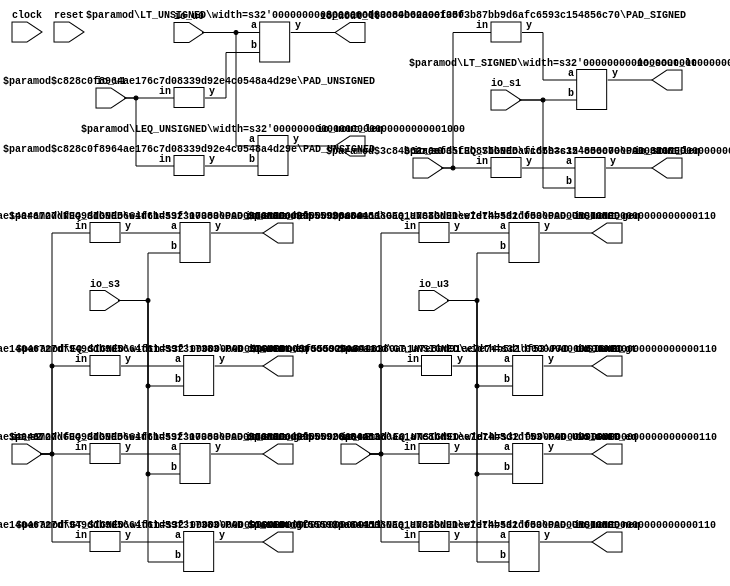
module Compare(
    input clock,
    input reset,
    input [7:0] io_u0,
    input [5:0] io_u1,
    input [3:0] io_s0,
    input [7:0] io_s1,
    output io_uout_lt,
    output io_sout_lt,
    output io_uout_leq,
    output io_sout_leq,
    input [4:0] io_u2,
    input [5:0] io_u3,
    input [5:0] io_s2,
    input [6:0] io_s3,
    output io_uout_gt,
    output io_sout_gt,
    output io_uout_geq,
    output io_sout_geq,
    output io_uout_eq,
    output io_sout_eq,
    output io_uout_neq,
    output io_sout_neq
);
    wire _T_45;
    wire [7:0] _WTEMP_0;
    PAD_UNSIGNED #(.width(6), .n(8)) u_pad_1 (
        .y(_WTEMP_0),
        .in(io_u1)
    );
    LT_UNSIGNED #(.width(8)) u_lt_2 (
        .y(_T_45),
        .a(io_u0),
        .b(_WTEMP_0)
    );
    wire _T_46;
    wire [7:0] _WTEMP_1;
    PAD_SIGNED #(.width(4), .n(8)) s_pad_3 (
        .y(_WTEMP_1),
        .in(io_s0)
    );
    LT_SIGNED #(.width(8)) s_lt_4 (
        .y(_T_46),
        .a(_WTEMP_1),
        .b(io_s1)
    );
    wire _T_47;
    wire [7:0] _WTEMP_2;
    PAD_UNSIGNED #(.width(6), .n(8)) u_pad_5 (
        .y(_WTEMP_2),
        .in(io_u1)
    );
    LEQ_UNSIGNED #(.width(8)) u_leq_6 (
        .y(_T_47),
        .a(io_u0),
        .b(_WTEMP_2)
    );
    wire _T_48;
    wire [7:0] _WTEMP_3;
    PAD_SIGNED #(.width(4), .n(8)) s_pad_7 (
        .y(_WTEMP_3),
        .in(io_s0)
    );
    LEQ_SIGNED #(.width(8)) s_leq_8 (
        .y(_T_48),
        .a(_WTEMP_3),
        .b(io_s1)
    );
    wire _T_49;
    wire [5:0] _WTEMP_4;
    PAD_UNSIGNED #(.width(5), .n(6)) u_pad_9 (
        .y(_WTEMP_4),
        .in(io_u2)
    );
    GT_UNSIGNED #(.width(6)) u_gt_10 (
        .y(_T_49),
        .a(_WTEMP_4),
        .b(io_u3)
    );
    wire _T_50;
    wire [6:0] _WTEMP_5;
    PAD_SIGNED #(.width(6), .n(7)) s_pad_11 (
        .y(_WTEMP_5),
        .in(io_s2)
    );
    GT_SIGNED #(.width(7)) s_gt_12 (
        .y(_T_50),
        .a(_WTEMP_5),
        .b(io_s3)
    );
    wire _T_51;
    wire [5:0] _WTEMP_6;
    PAD_UNSIGNED #(.width(5), .n(6)) u_pad_13 (
        .y(_WTEMP_6),
        .in(io_u2)
    );
    GEQ_UNSIGNED #(.width(6)) u_geq_14 (
        .y(_T_51),
        .a(_WTEMP_6),
        .b(io_u3)
    );
    wire _T_52;
    wire [6:0] _WTEMP_7;
    PAD_SIGNED #(.width(6), .n(7)) s_pad_15 (
        .y(_WTEMP_7),
        .in(io_s2)
    );
    GEQ_SIGNED #(.width(7)) s_geq_16 (
        .y(_T_52),
        .a(_WTEMP_7),
        .b(io_s3)
    );
    wire _T_53;
    wire [5:0] _WTEMP_8;
    PAD_UNSIGNED #(.width(5), .n(6)) u_pad_17 (
        .y(_WTEMP_8),
        .in(io_u2)
    );
    EQ_UNSIGNED #(.width(6)) u_eq_18 (
        .y(_T_53),
        .a(_WTEMP_8),
        .b(io_u3)
    );
    wire _T_54;
    wire [6:0] _WTEMP_9;
    PAD_SIGNED #(.width(6), .n(7)) s_pad_19 (
        .y(_WTEMP_9),
        .in(io_s2)
    );
    EQ_SIGNED #(.width(7)) s_eq_20 (
        .y(_T_54),
        .a(_WTEMP_9),
        .b(io_s3)
    );
    wire _T_55;
    wire [5:0] _WTEMP_10;
    PAD_UNSIGNED #(.width(5), .n(6)) u_pad_21 (
        .y(_WTEMP_10),
        .in(io_u2)
    );
    NEQ_UNSIGNED #(.width(6)) u_neq_22 (
        .y(_T_55),
        .a(_WTEMP_10),
        .b(io_u3)
    );
    wire _T_56;
    wire [6:0] _WTEMP_11;
    PAD_SIGNED #(.width(6), .n(7)) s_pad_23 (
        .y(_WTEMP_11),
        .in(io_s2)
    );
    NEQ_SIGNED #(.width(7)) s_neq_24 (
        .y(_T_56),
        .a(_WTEMP_11),
        .b(io_s3)
    );
    assign io_sout_eq = _T_54;
    assign io_sout_geq = _T_52;
    assign io_sout_gt = _T_50;
    assign io_sout_leq = _T_48;
    assign io_sout_lt = _T_46;
    assign io_sout_neq = _T_56;
    assign io_uout_eq = _T_53;
    assign io_uout_geq = _T_51;
    assign io_uout_gt = _T_49;
    assign io_uout_leq = _T_47;
    assign io_uout_lt = _T_45;
    assign io_uout_neq = _T_55;
endmodule //Compare
module PAD_UNSIGNED(y, in);
    parameter width = 4;
    parameter n = 4;
    output [(n > width ? n : width)-1:0] y;
    input [width-1:0] in;
    assign y = (n > width) ? {{(n - width){1'b0}}, in} : in;
endmodule // PAD_UNSIGNED
module LT_UNSIGNED(y, a, b);
    parameter width = 4;
    output y;
    input [width-1:0] a;
    input [width-1:0] b;
    assign y = a < b;
endmodule // LT_UNSIGNED
module PAD_SIGNED(y, in);
    parameter width = 4;
    parameter n = 4;
    output [(n > width ? n : width)-1:0] y;
    input [width-1:0] in;
    assign y = n > width ? {{(n - width){in[width-1]}}, in} : in;
endmodule // PAD_SIGNED
module LT_SIGNED(y, a, b);
    parameter width = 4;
    output y;
    input [width-1:0] a;
    input [width-1:0] b;
    assign y = $signed(a) < $signed(b);
endmodule // LT_SIGNED
module LEQ_UNSIGNED(y, a, b);
    parameter width = 4;
    output y;
    input [width-1:0] a;
    input [width-1:0] b;
    assign y = a <= b;
endmodule // LEQ_UNSIGNED
module LEQ_SIGNED(y, a, b);
    parameter width = 4;
    output y;
    input [width-1:0] a;
    input [width-1:0] b;
    assign y = $signed(a) <= $signed(b);
endmodule // LEQ_SIGNED
module GT_UNSIGNED(y, a, b);
    parameter width = 4;
    output y;
    input [width-1:0] a;
    input [width-1:0] b;
    assign y = a > b;
endmodule // GT_UNSIGNED
module GT_SIGNED(y, a, b);
    parameter width = 4;
    output y;
    input [width-1:0] a;
    input [width-1:0] b;
    assign y = $signed(a) > $signed(b);
endmodule // GT_SIGNED
module GEQ_UNSIGNED(y, a, b);
    parameter width = 4;
    output y;
    input [width-1:0] a;
    input [width-1:0] b;
    assign y = a >= b;
endmodule // GEQ_UNSIGNED
module GEQ_SIGNED(y, a, b);
    parameter width = 4;
    output y;
    input [width-1:0] a;
    input [width-1:0] b;
    assign y = $signed(a) >= $signed(b);
endmodule // GEQ_SIGNED
module EQ_UNSIGNED(y, a, b);
    parameter width = 4;
    output y;
    input [width-1:0] a;
    input [width-1:0] b;
    assign y = a == b;
endmodule // EQ_UNSIGNED
module EQ_SIGNED(y, a, b);
    parameter width = 4;
    output y;
    input [width-1:0] a;
    input [width-1:0] b;
    assign y = $signed(a) == $signed(b);
endmodule // EQ_SIGNED
module NEQ_UNSIGNED(y, a, b);
    parameter width = 4;
    output y;
    input [width-1:0] a;
    input [width-1:0] b;
    assign y = a != b;
endmodule // NEQ_UNSIGNED
module NEQ_SIGNED(y, a, b);
    parameter width = 4;
    output y;
    input [width-1:0] a;
    input [width-1:0] b;
    assign y = $signed(a) != $signed(b);
endmodule // NEQ_SIGNED